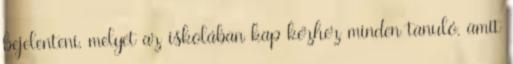
bejelenteni, melyet az iskolában kap kézhez minden tanuló, amit